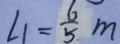
\angle 1 = \frac { 6 } { 5 } m